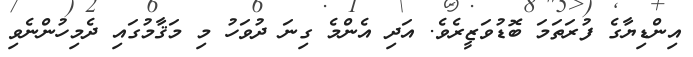
އިންޑިޔާގެ ފުރަތަމަ ބޮޑުވަޒީރެވެ. އަދި އެންމެ ގިނަ ދުވަހު މި މަޤާމުގައި ދެމިހުންނެވި